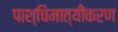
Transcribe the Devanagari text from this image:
पाश्चिमात्यीकरण